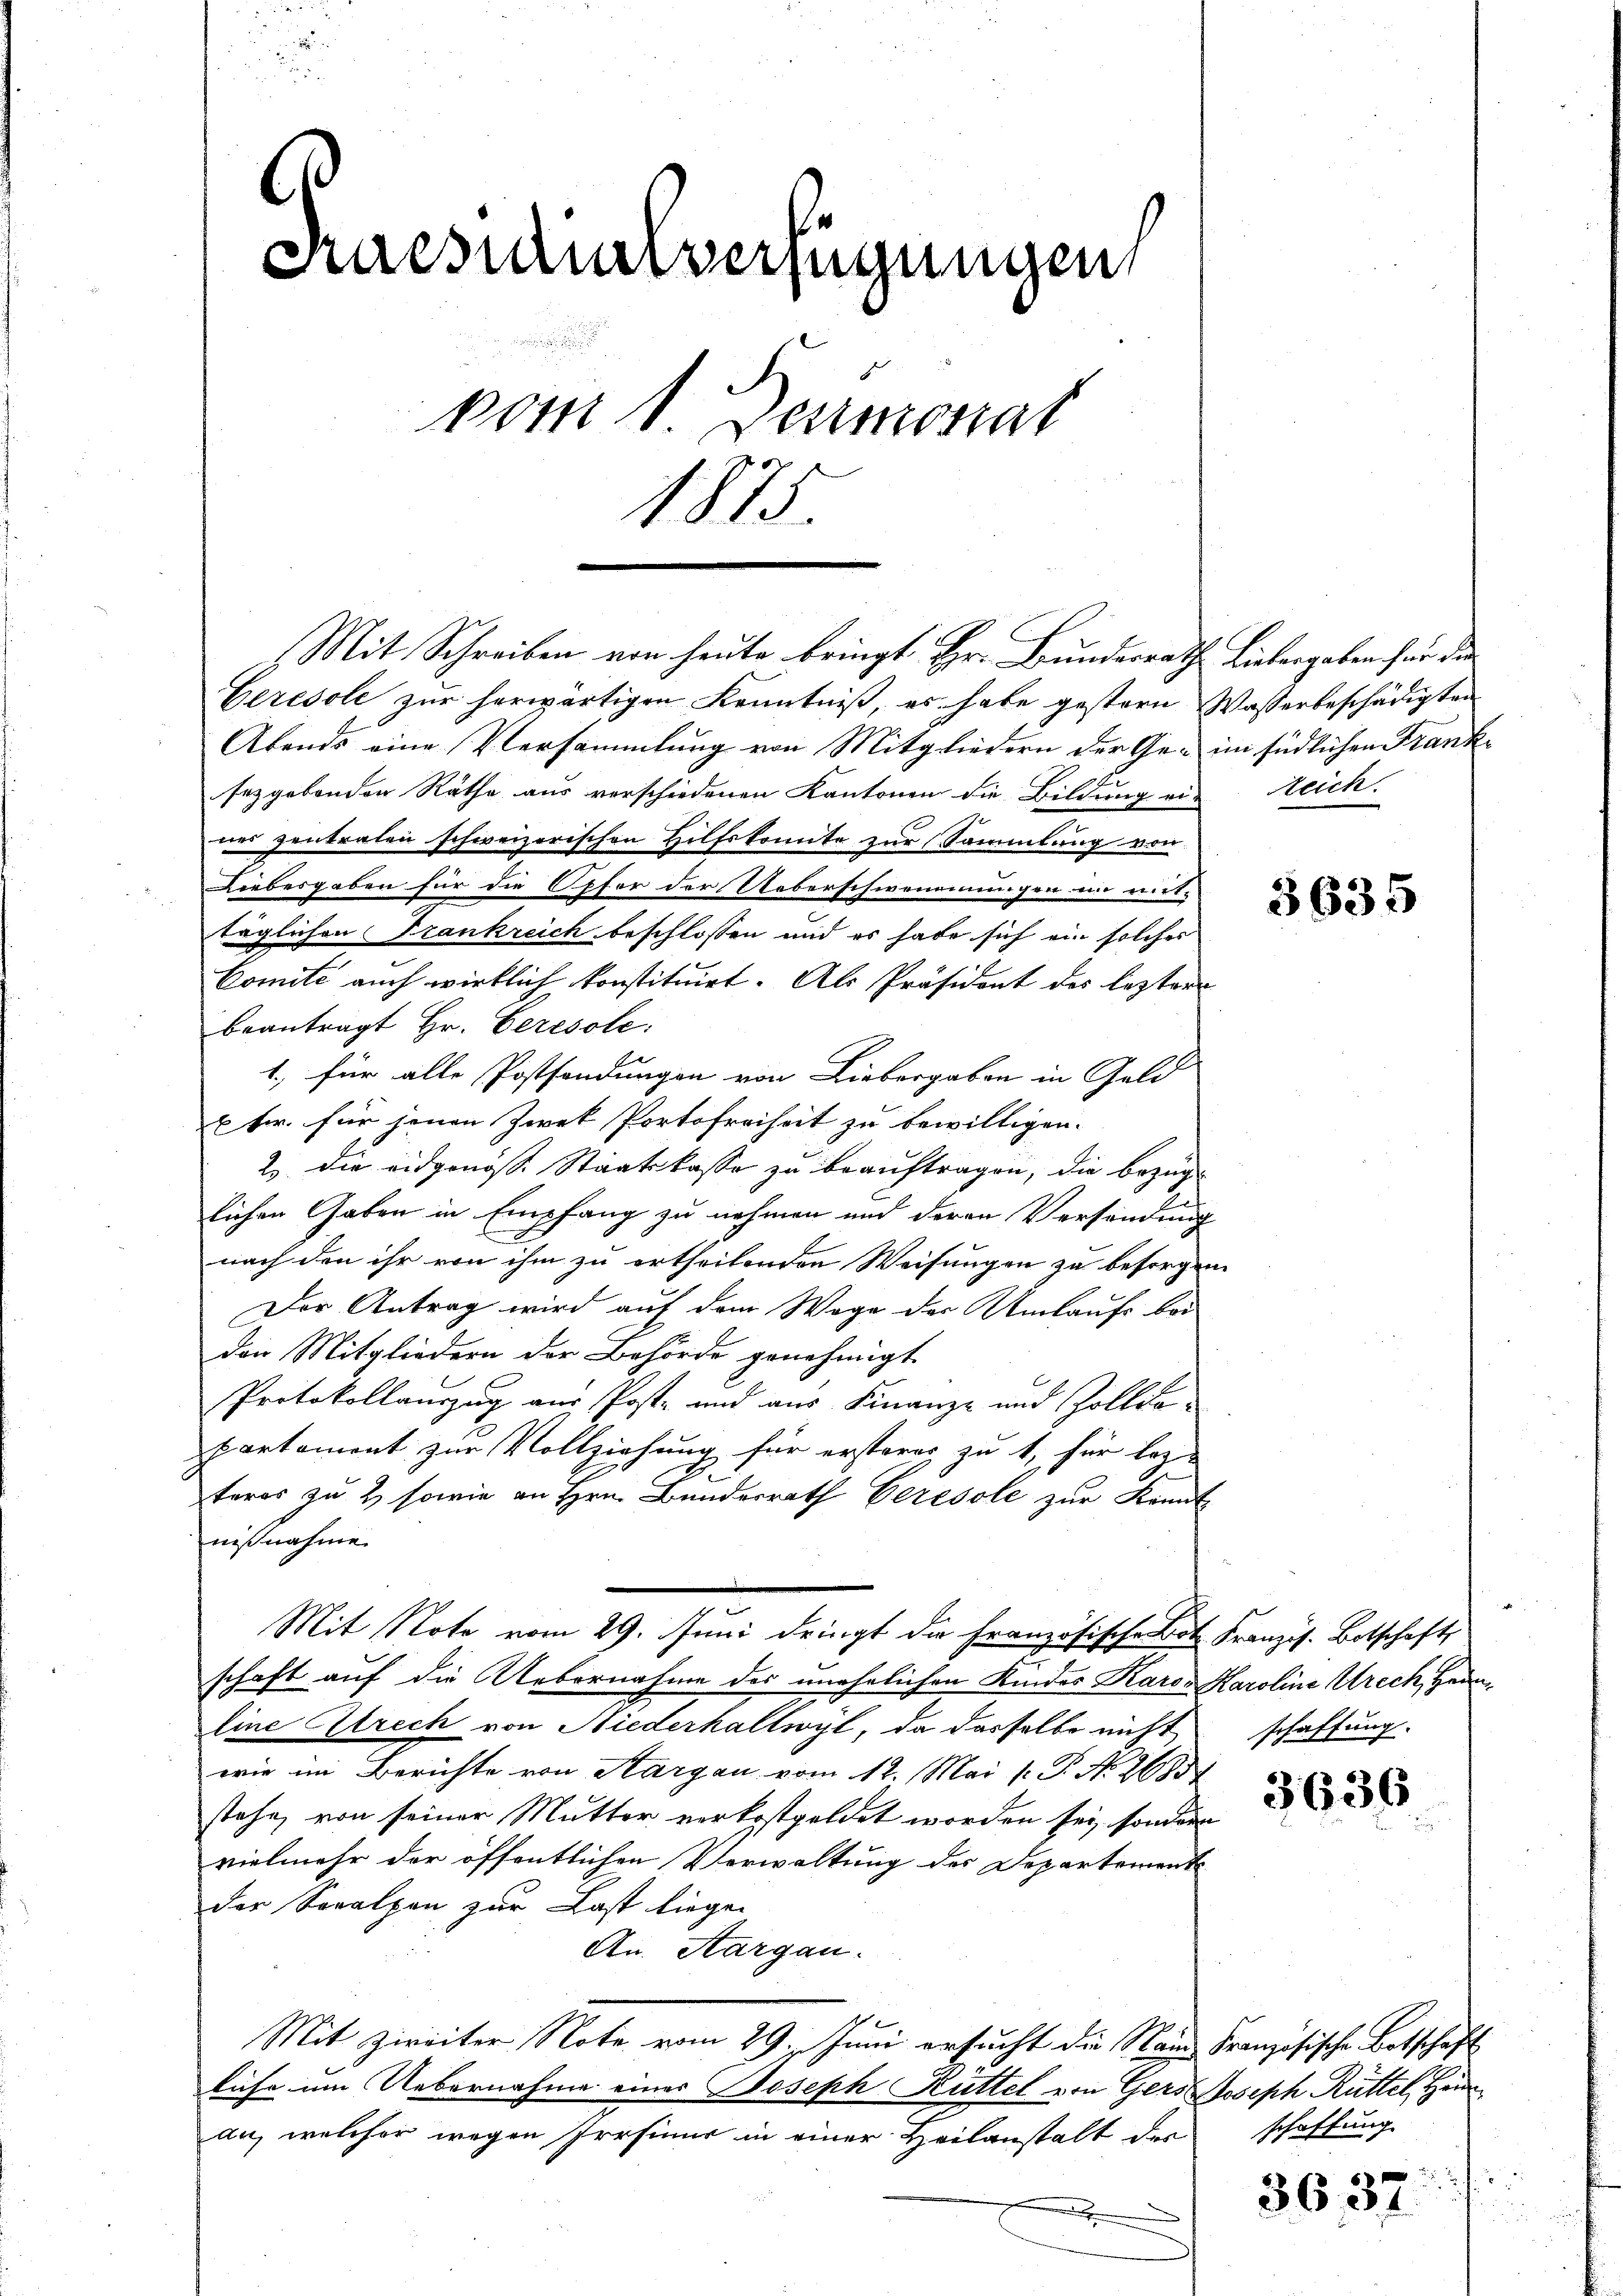
d
e
craesidensverfügungen
vom 1. Demonat
1875

Mit Schreiben von heute bringt Hr. Bunderrath Liebergaben für der

Gerésole zur herwärtigen Kenntniß, es habe gestern Wasserbeschädigten
Abends eine Versammlung von Mitgliedern der Ge- im südlichen Franke
sezgebenden Räthe aus verschiedenen Kantonen die Bildung ein Reich.
ner zentraten schweizerischen Hilfskomite zur Sammlung von
Liebesgaben für die Opfer der Ueberschwemmungen in ricttäglichen Frankreich beschlossen und es habe sich ein solches
Comité auch wirklich konstituirt. Als Präsidort des lezter
beantragt Hr. Ceresste.
1., für alle Postsendungen von Liebergaben in Geld
ptr. für jenen Zwek Portofreiheit zu bewilligen.
2. die eidgenöss. Staatskasse zu beauftragen, die bezüglichen Gaben in Empfang zu nehmen und deren Versendung
nach den ihr von ihm zu ertheilenden Weisungen zu besorgen
Der Antrag wird auf dem Wage der Umlaufs bei
den Mitgliedern der Behörde genehmigt
Protokollauszug aus Post- und aus Finanz- und Zolldopartement zur Vollziehung für erstores zu 1, für lez-
teros zu 2 sowie an Hrn. Bundesrath Ceresole zur Kennt
nißnahme.
Mit Note vom 29. Juni dringt die Französische Bot. Franzis. Botschaft
schaft auf die Uebernahme des unehelichen Kindes Karon Karoline Urech, Heim
Eine Abrech von Niederhaltwyl, da dasselbe nicht
wie im Berichte von Aargau vom 12. Mai l. P. No. 2685
stehe, von seiner Mutter verkostgeldet worden sei, sondern
vielmehr der öffentlichen Verwaltung der Departemente
der Soralpen zur Last liegen
An. Aargau.
Mit Zweiter Note vom 29. Juni ersucht die Name Französische Botschaft
lihe um Uebernahme eines Joseph Hüttel von Gers Joseph Rüttel, Heur
an, welcher wegen Irrsinur in einer Heilanstalt der

3635

schaffung.

3636

schaffung

3637.